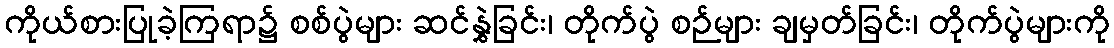
ကိုယ်စားပြုခဲ့ကြရာ၌ စစ်ပွဲများ ဆင်နွှဲခြင်း၊ တိုက်ပွဲ စဉ်များ ချမှတ်ခြင်း၊ တိုက်ပွဲများကို